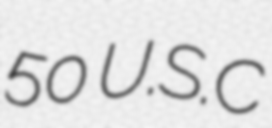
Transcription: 50 U.S.C